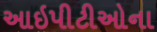
આઇપીટીઓના